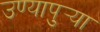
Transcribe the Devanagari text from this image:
उण्यापुर्‍या